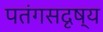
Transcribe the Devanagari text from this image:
पतंगसदृष्य